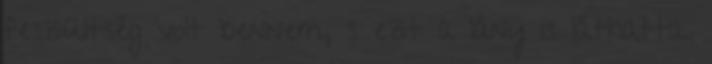
feszültség volt bennem, s ezt a lány is láthatta.